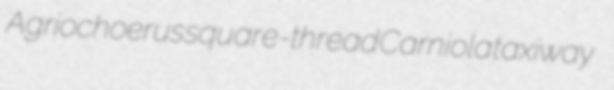
Agriochoerus square-thread Carniola taxiway